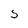
Character: S